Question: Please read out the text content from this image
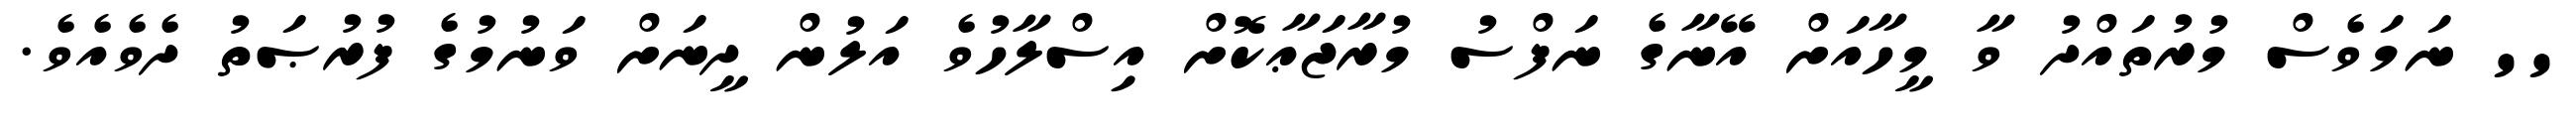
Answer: '' ނަމަވެސް މުރުތައްދު ވާ މީހާއަށް އޭނާގެ ނަފްސު މުރާޖަޢާކޮށް އިސްލާހުވެ އަލުން ދީނަށް ވަނުމުގެ ފުރުޞަތު ދެވެއެވެ.